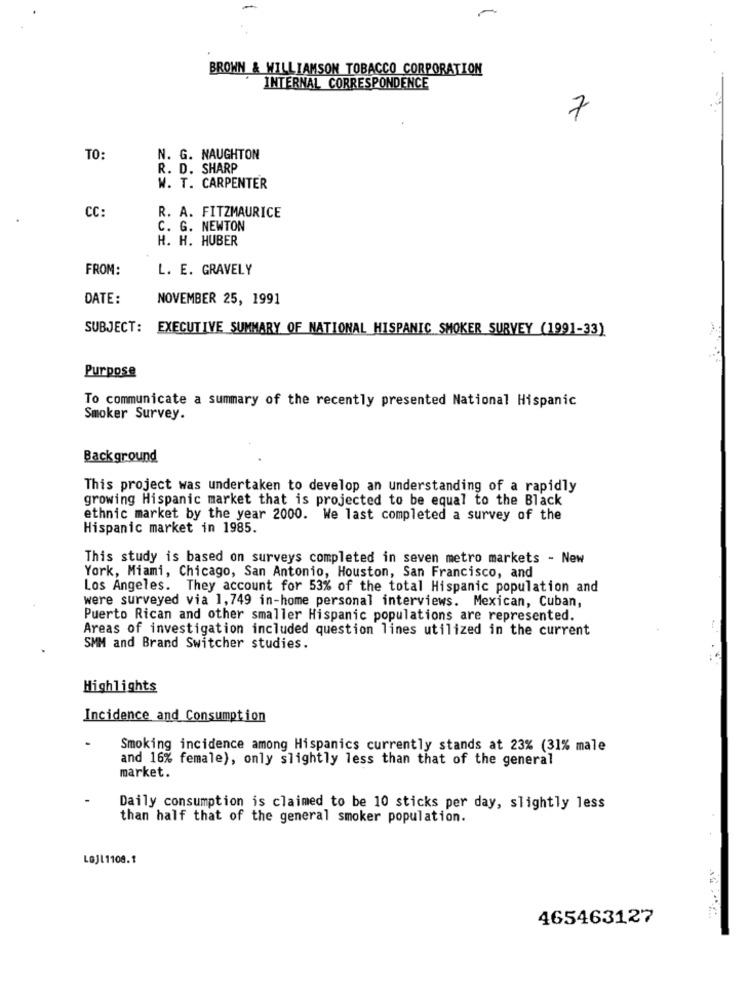
BROWN & WILLIAMSON TOBACCO CORPORATION
INTERNAL CORRESPONDENCE
7
TO:
N. G. NAUGHTON
R. D. SHARP
W. T. CARPENTER
R. A. FITZMAURICE
CC:
C. G. NEWTON
H. H. HUBER
FROM:
L. E. GRAVELY
DATE:
NOVEMBER 25, 1991
SUBJECT: EXECUTIVE SUMMARY OF NATIONAL HISPANIC SMOKER SURVEY (1991-33)
Purpose
To communicate a summary of the recently presented National Hispanic
Smoker Survey.
Background
This project was undertaken to develop an understanding of a rapidly
growing Hispanic market that is projected to be equal to the Black
ethnic market by the year 2000. We last completed a survey of the
Hispanic market in 1985.
This study is based on surveys completed in seven metro markets - New
York, Miami, Chicago, San Antonio, Houston, San Francisco, and
Los Angeles. They account for 53% of the total Hispanic population and
were surveyed via 1,749 in-home personal interviews. Mexican, Cuban,
Puerto Rican and other smaller Hispanic populations are represented.
Areas of investigation included question lines utilized in the current
SMM and Brand Switcher studies.
Highlights
Incidence and Consumption
Smoking incidence among Hispanics currently stands at 23% (31% male
and 16% female), only slightly less than that of the general
market.
Daily consumption is claimed to be 10 sticks per day, slightly less
than half that of the general smoker population.
LGJL1108.1
465463127